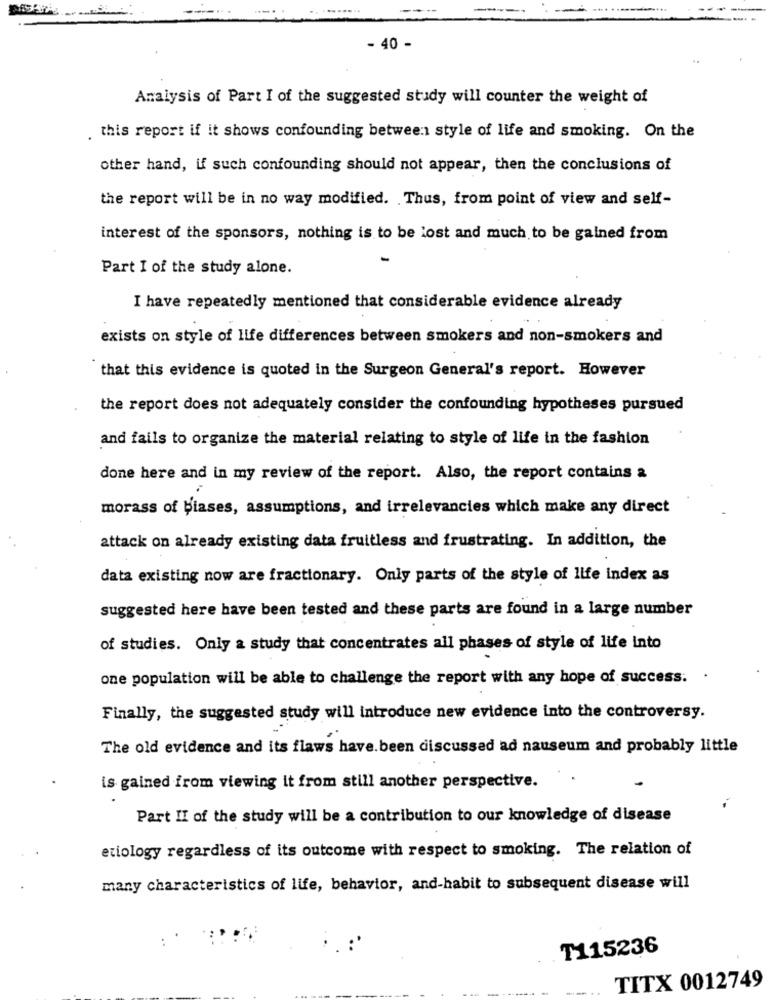
- 40 -
Analysis of Part I of the suggested study will counter the weight of
. this report if it shows confounding between style of life and smoking. On the
other hand, if such confounding should not appear, then the conclusions of
the report will be in no way modified. Thus, from point of view and self-
interest of the sponsors, nothing is to be lost and much to be gained from
Part I of the study alone.
I have repeatedly mentioned that considerable evidence already
exists on style of life differences between smokers and non-smokers and
that this evidence is quoted in the Surgeon General's report. However
the report does not adequately consider the confounding hypotheses pursued
and fails to organize the material relating to style of life in the fashion
done here and in my review of the report. Also, the report contains a
morass of biases, assumptions, and irrelevancies which make any direct
attack on already existing data fruitless and frustrating. In addition, the
data existing now are fractionary. Only parts of the style of life index as
suggested here have been tested and these parts are found in a large number
of studies. Only a study that concentrates all phases of style of life into
one population will be able to challenge the report with any hope of success. .
Finally, the suggested study will introduce new evidence into the controversy.
The old evidence and its flaws have been discussed ad nauseum and probably little
is gained from viewing it from still another perspective.
Part II of the study will be a contribution to our knowledge of disease
etiology regardless of its outcome with respect to smoking. The relation of
many characteristics of life, behavior, and-habit to subsequent disease will
T115236
TITX 0012749